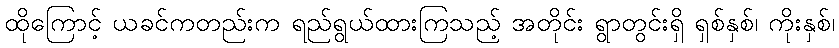
ထိုကြောင့် ယခင်ကတည်းက ရည်ရွယ်ထားကြသည့် အတိုင်း ရွာတွင်းရှိ ရှစ်နှစ်၊ ကိုးနှစ်၊